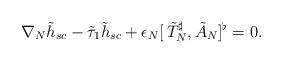
LaTeX: \begin{align*} \nabla_{N}\tilde h_{sc} -\tilde\tau_{1}\tilde h_{sc} +\epsilon_{N} [\,{\tilde T}^{\sharp}_{N},{\tilde A}_{N}]^\flat = 0.\end{align*}